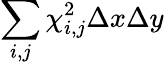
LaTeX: \sum_{i,j}\chi_{i,j}^{2}\Delta x\Delta y